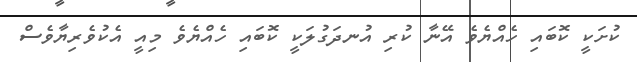
ކުށަކީ ކޮބައި ހެއްޔެވެ އޭނާ ކުރި އުނދަގުލަކީ ކޮބައި ހެއްޔެވެ މިއީ އެކުވެރިޔާވެސް